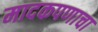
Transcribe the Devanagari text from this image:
मादकपणाचा